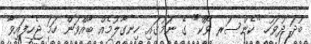
ބުދަ ދުވަހު "ކެންސަރ ވޯކް" ގެ ނަމުގައި ހިނގާލުމެއް ބާއްވަން ހަމަ ޖެހިފައިވާ